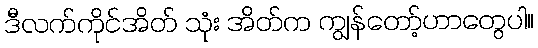
ဒီလက်ကိုင်အိတ် သုံး အိတ်က ကျွန်တော့်ဟာတွေပါ။